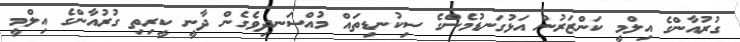
ގުރުއާންގެ އިލްމީ ކަންޒަރުން އަޅުގަނޑުމެންގެ ސިކުނޑިތައް މުއްސަނދިވެގެން ދާނީ ކީރިތި ގުރުއާންގެ އިލްމީ